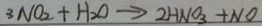
3 N O _ { 2 } + H _ { 2 } O \rightarrow 2 H N O _ { 3 } + N O